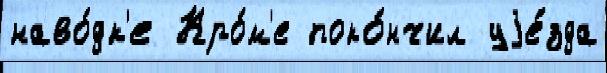
наво́дк'е Кро́м'е поко́нчил уjе́зда